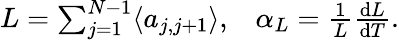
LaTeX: \begin{array}{r}{L=\sum_{j=1}^{N-1}\langle a_{j,j+1}\rangle,\; \; \; \alpha_{L}=\frac{1}{L}\frac{\mathrm{d}L}{\mathrm{d}T}.}\end{array}